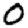
Digit: 0